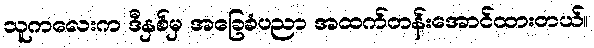
သူကလေးက ဒီနှစ်မှ အခြေခံပညာ အထက်တန်းအောင်ထားတယ်။